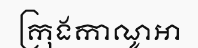
ក្រុងកាណូអា